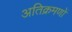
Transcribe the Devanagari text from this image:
अतिक्रमणों